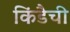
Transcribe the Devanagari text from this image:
किंडैची